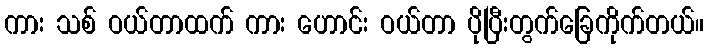
ကား သစ် ဝယ်တာထက် ကား ဟောင်း ဝယ်တာ ပိုပြီးတွက်ခြေကိုက်တယ်။